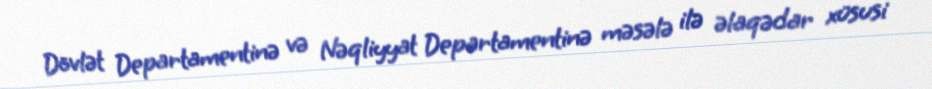
Dövlət Departamentinə və Nəqliyyat Departamentinə məsələ ilə əlaqədar xüsusi